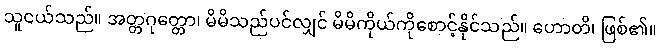
သူငယ်သည်။ အတ္တဂုတ္တော၊ မိမိသည်ပင်လျှင် မိမိကိုယ်ကိုစောင့်နိုင်သည်။ ဟောတိ၊ ဖြစ်၏။